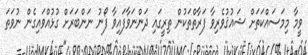
ވީމާ މިމަސައްކަތަށް ޝައުޤުވެރިވާ ފަރާތްތަކުން ތިރީގައި ދަންނަވާފައިވާ ފޯނު ނަންބަރަށް ގުޅުއްވައިގެން ނުވަތަ